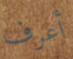
أعرف